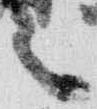
言